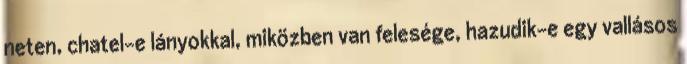
neten, chatel-e lányokkal, miközben van felesége, hazudik-e egy vallásos